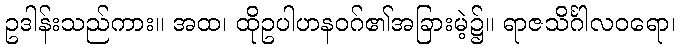
ဥဒါန်းသည်ကား။ အထ၊ ထိုဥပါဟနဝဂ်၏အခြားမဲ့၌။ ရာဇသိင်္ဂါလဝရော၊